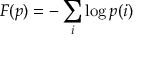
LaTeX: F ( p ) = - \sum _ { i } \log p ( i )